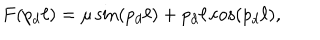
F ( p _ { d } \ell ) = \mu \sin ( p _ { d } \ell ) + p _ { d } \ell \cos ( p _ { d } \ell ) ,